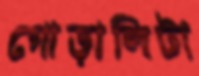
গোড়ালিটা